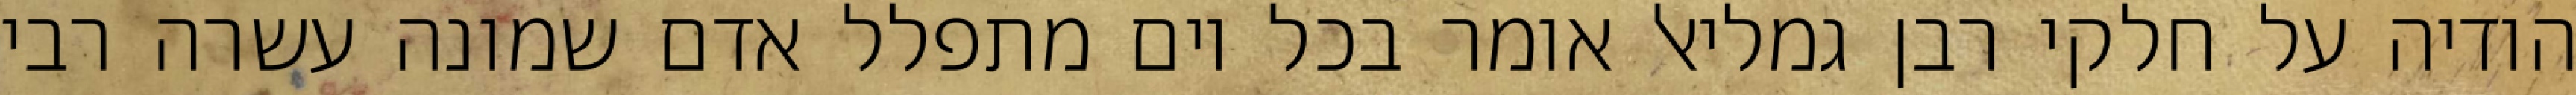
הודיה על חלקי רבן גמליאל אומר בכל יום מתפלל אדם שמונה עשרה רבי